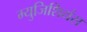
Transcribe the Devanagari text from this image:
म्युजिशियंस